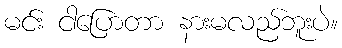
မင်း ငါပြောတာ နားမလည်ဘူးပဲ။